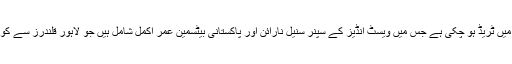
واضح رہے کہ آئندہ سیزن کیلئے چند کھلاڑیوں کی مختلف ٹیموں میں ٹریڈ ہو چکی ہے جس میں ویسٹ انڈیز کے سپنر سنیل نارائن اور پاکستانی بیٹسمین عمر اکمل شامل ہیں جو لاہور قلندرز سے کوئٹہ گلیڈی ایٹرز میں جاچکے ہیں، یہ ٹریڈ ونڈو آج بند ہو جائےگی۔